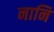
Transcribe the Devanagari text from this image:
नानि